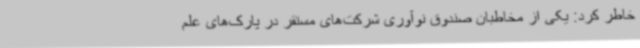
خاطر کرد: یکی از مخاطبان صندوق نوآوری شرکت‌های مستقر در پارک‌های علم